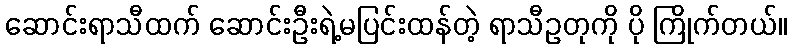
ဆောင်းရာသီထက် ဆောင်းဦးရဲ့မပြင်းထန်တဲ့ ရာသီဥတုကို ပို ကြိုက်တယ်။